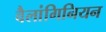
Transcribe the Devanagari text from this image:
वैलांगिनियन